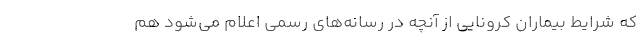
که شرایط بیماران کرونایی از آنچه در رسانه‌های رسمی اعلام می‌شود هم